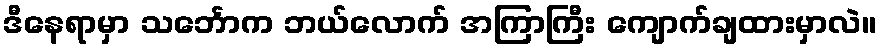
ဒီနေရာမှာ သင်္ဘောက ဘယ်လောက် အကြာကြီး ကျောက်ချထားမှာလဲ။